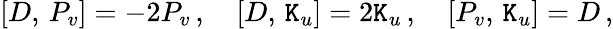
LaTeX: {}[D,\, P_{v}]=-2P_{v}\, ,\quad{}[D,\, \mathtt{K}_{u}]=2\mathtt{K}_{u}\, ,\quad{}[P_{v},\, \mathtt{K}_{u}]=D\, ,